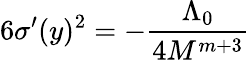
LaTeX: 6\sigma^{\prime}(y)^{2}=-\frac{\Lambda_{0}}{4M^{m+3}}